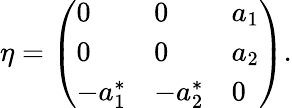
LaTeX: \eta=\left(\begin{array}{lll}{{0}}&{{0}}&{{a_{1}}}\\ {{0}}&{{0}}&{{a_{2}}}\\ {{-a_{1}^{*}}}&{{-a_{2}^{*}}}&{{0}}\end{array}\right).